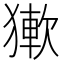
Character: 𤡋